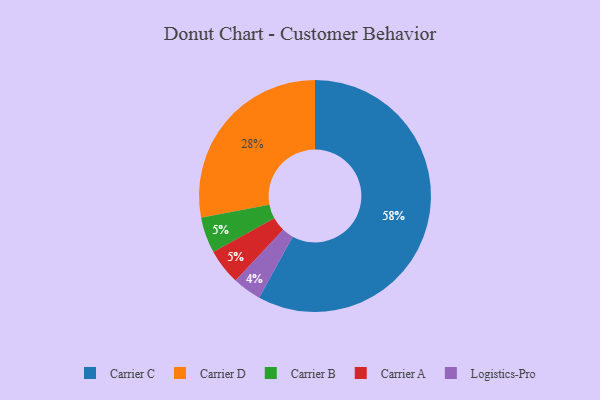
{"axis": {"x": "Category", "y": "Percentage"}, "legend": ["Carrier A", "Carrier B", "Carrier C", "Carrier D", "Logistics-Pro"], "data": [{"x": "Carrier B", "y": 5, "type": "Carrier B"}, {"x": "Carrier D", "y": 28, "type": "Carrier D"}, {"x": "Carrier A", "y": 5, "type": "Carrier A"}, {"x": "Logistics-Pro", "y": 4, "type": "Logistics-Pro"}, {"x": "Carrier C", "y": 58, "type": "Carrier C"}]}